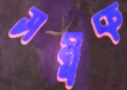
সমুক